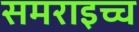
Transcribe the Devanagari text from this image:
समराइच्च